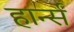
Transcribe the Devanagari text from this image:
हार्न्स